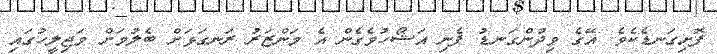
ފޮށިގަނޑެކެވެ. އޭގެ ވިދުންގަނޑު ފެނި އަޝޯހުވެގެން އެ މަންޒަރު ރަނގަޅަށް ބެލުމަށް މަޖިލީހުގަައި